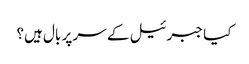
کیا جبرئیل کے سر پر بال ہیں؟